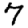
Digit: 7